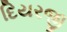
દિયરજી